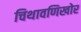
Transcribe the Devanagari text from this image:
चिथावणिखोर